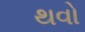
થવો